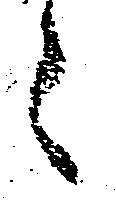
々